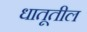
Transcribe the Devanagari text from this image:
धातूतील